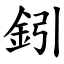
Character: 鈏